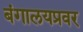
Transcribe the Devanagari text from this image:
बंगालयप्रवर